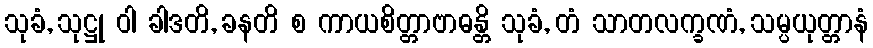
သုခံ, သုဋ္ဌု ဝါ ခါဒတိ, ခနတိ စ ကာယစိတ္တာဗာဓန္တိ သုခံ, တံ သာတလက္ခဏံ, သမ္ပယုတ္တာနံ